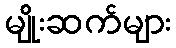
မျိုးဆက်များ